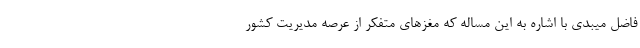
فاضل میبدی با اشاره به این مساله که مغزهای متفکر از عرصه مدیریت کشور